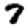
Digit: 7